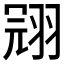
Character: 𱻙